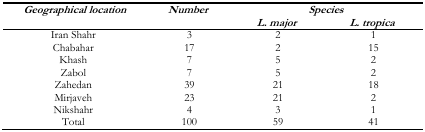
| <ROWSPAN=2> Geographical location | <ROWSPAN=2> Number | <COLSPAN=4> Species |
 | L. major | L. tropica |
 | --- | --- | --- | --- | --- | --- |
 | Iran Shahr | 3 | 2 | 1 |
 | Chabahar | 17 | 2 | 15 |
 | Khash | 7 | 5 | 2 |
 | Zabol | 7 | 5 | 2 |
 | Zahedan | 39 | 21 | 18 |
 | Mirjaveh | 23 | 21 | 2 |
 | Nikshahr | 4 | 3 | 1 |
 | Total | 100 | 59 | 41 |